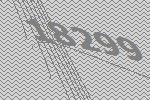
18299